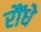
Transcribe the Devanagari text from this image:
रौंधे